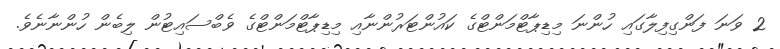
2 ވަނަ ފަންގިފިލާގައި ހުންނަ މިޑިޕާޓްމަންޓްގެ ކައުންޓަރުންނާއި މިޑިޕާޓްމަންޓްގެ ވެބްސައިޓުން ލިބެން ހުންނާނެވެ.